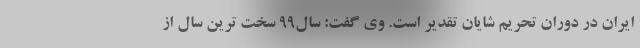
ایران در دوران تحریم شایان تقدیر است. وی گفت: سال99 سخت ترین سال از